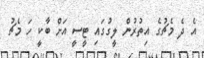
އެ ދެ މެޗުގެ އިތުރުން ލީގުގައި ޓީސީ އަށް ބާކީ ހަ މެޗު